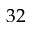
3 2